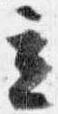
立